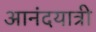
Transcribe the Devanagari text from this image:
आनंदयात्री